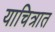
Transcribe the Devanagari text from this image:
याचित्रात